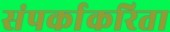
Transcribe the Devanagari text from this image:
संपर्काकरिता